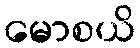
မောစယိ